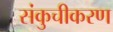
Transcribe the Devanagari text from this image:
संकुचीकरण